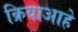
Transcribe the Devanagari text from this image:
क्रियाआहे